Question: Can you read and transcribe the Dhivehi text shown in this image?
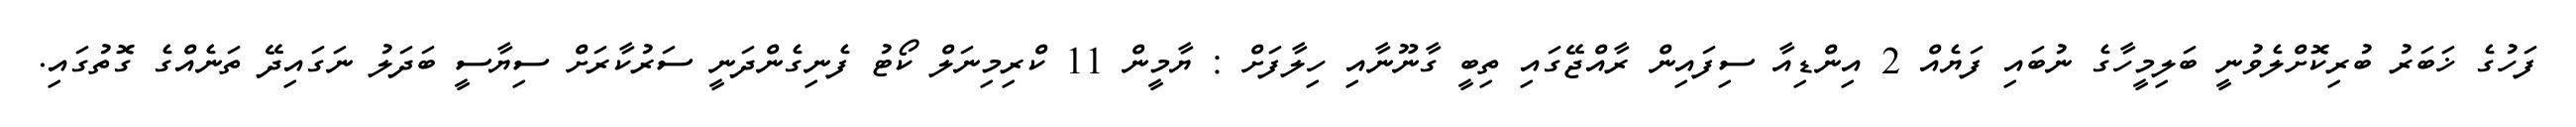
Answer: ފަހުގެ ޚަބަރު ބުރިކޮށްލެވުނީ ބަލިމީހާގެ ނުބައި ފަޔެއް 2 އިންޑިއާ ސިފައިން ރާއްޖޭގައި ތިބީ ގާނޫނާއި ހިލާފަށް : ޔާމީން 11 ކްރިމިނަލް ކޯޓު ފެނިގެންދަނީ ސަރުކާރަށް ސިޔާސީ ބަދަލު ނަގައިދޭ ތަނެއްގެ ގޮތުގައި.